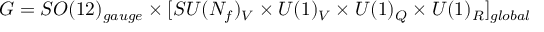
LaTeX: G = S O ( 1 2 ) _ { g a u g e } \times [ S U ( N _ { f } ) _ { V } \times U ( 1 ) _ { V } \times U ( 1 ) _ { Q } \times U ( 1 ) _ { R } ] _ { g l o b a l }